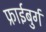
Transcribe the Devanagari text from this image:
फ्राईबुर्ग